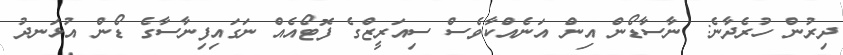
ދިރުން ހުރެދާނެ: ނާސާޑޯން އިން އަނެއްކާވެސް ސިއަރީޒްގެ ފޮޓޯއެއް ނަގައިފިނާސާގެ ޑޯން އުޅަނދު